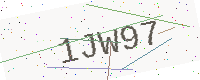
Text: 1JW97